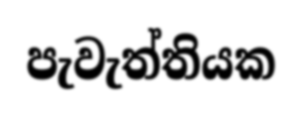
පැවැත්තියක